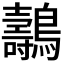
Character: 𪇘